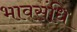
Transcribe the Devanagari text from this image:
भावसंधि